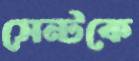
সেন্টকে